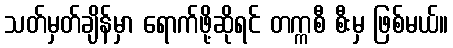
သတ်မှတ်ချိန်မှာ ရောက်ဖို့ဆိုရင် တက္ကစီ စီးမှ ဖြစ်မယ်။